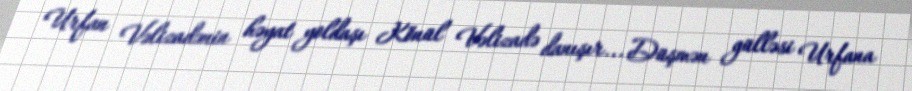
Urfan Vəlizadənin həyat yoldaşı Könül Vəlizadə danışır... Düşmən gülləsi Urfana